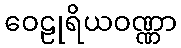
ဝေဠုရိယဝဏ္ဏာ